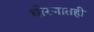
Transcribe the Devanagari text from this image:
धोरणातही